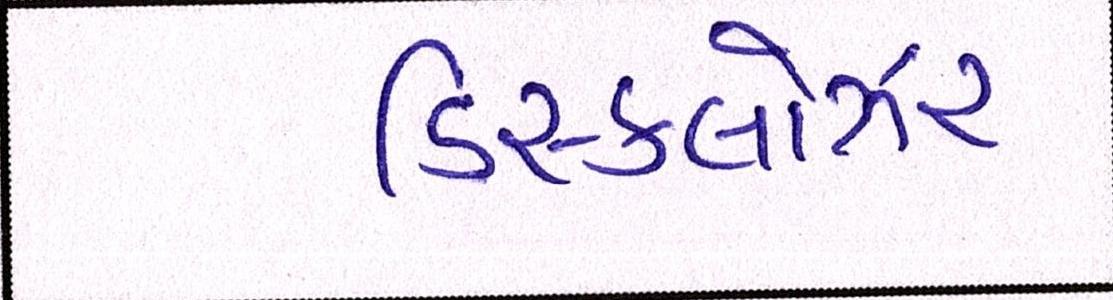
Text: ડિસ્કલોઝર